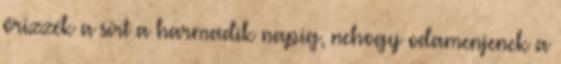
őrizzék a sírt a harmadik napig, nehogy odamenjenek a